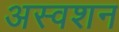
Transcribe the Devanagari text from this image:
अस्वशन